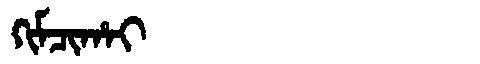
Manchu: ᡴᡳᠮᠴᡳᡥᠠᡳ
Romanization: KIMCIHAI